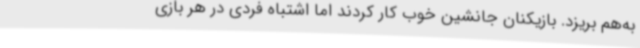
به‌هم بریزد. بازیکنان جانشین خوب کار کردند اما اشتباه فردی در هر بازی